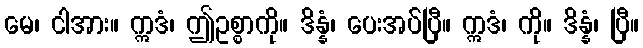
မေ၊ ငါအား။ ဣဒံ၊ ဤဥစ္စာကို။ ဒိန္နံ၊ ပေးအပ်ပြီ။ ဣဒံ၊ ကို။ ဒိန္နံ၊ ပြီ။